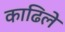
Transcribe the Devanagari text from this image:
काढिले